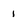
Character: 1